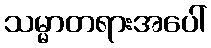
သမ္မာတရားအပေါ်